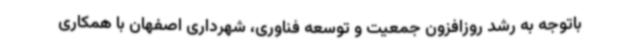
باتوجه به رشد روزافزون جمعیت و توسعه فناوری، شهرداری اصفهان با همکاری